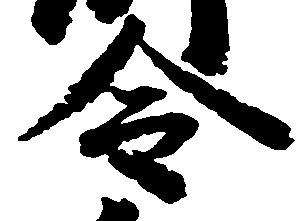
令